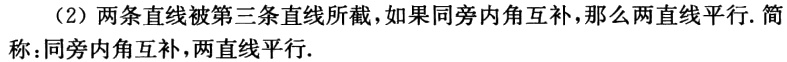
（2）两条直线被第三条直线所截，如果同旁内角互补，那么两直线平行. 简称：同旁内角互补，两直线平行.